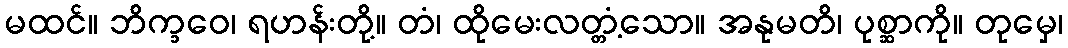
မထင်။ ဘိက္ခဝေ၊ ရဟန်းတို့။ တံ၊ ထိုမေးလတ္တံ့သော။ အနုမတိ၊ ပုစ္ဆာကို။ တုမှေ၊